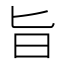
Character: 旨